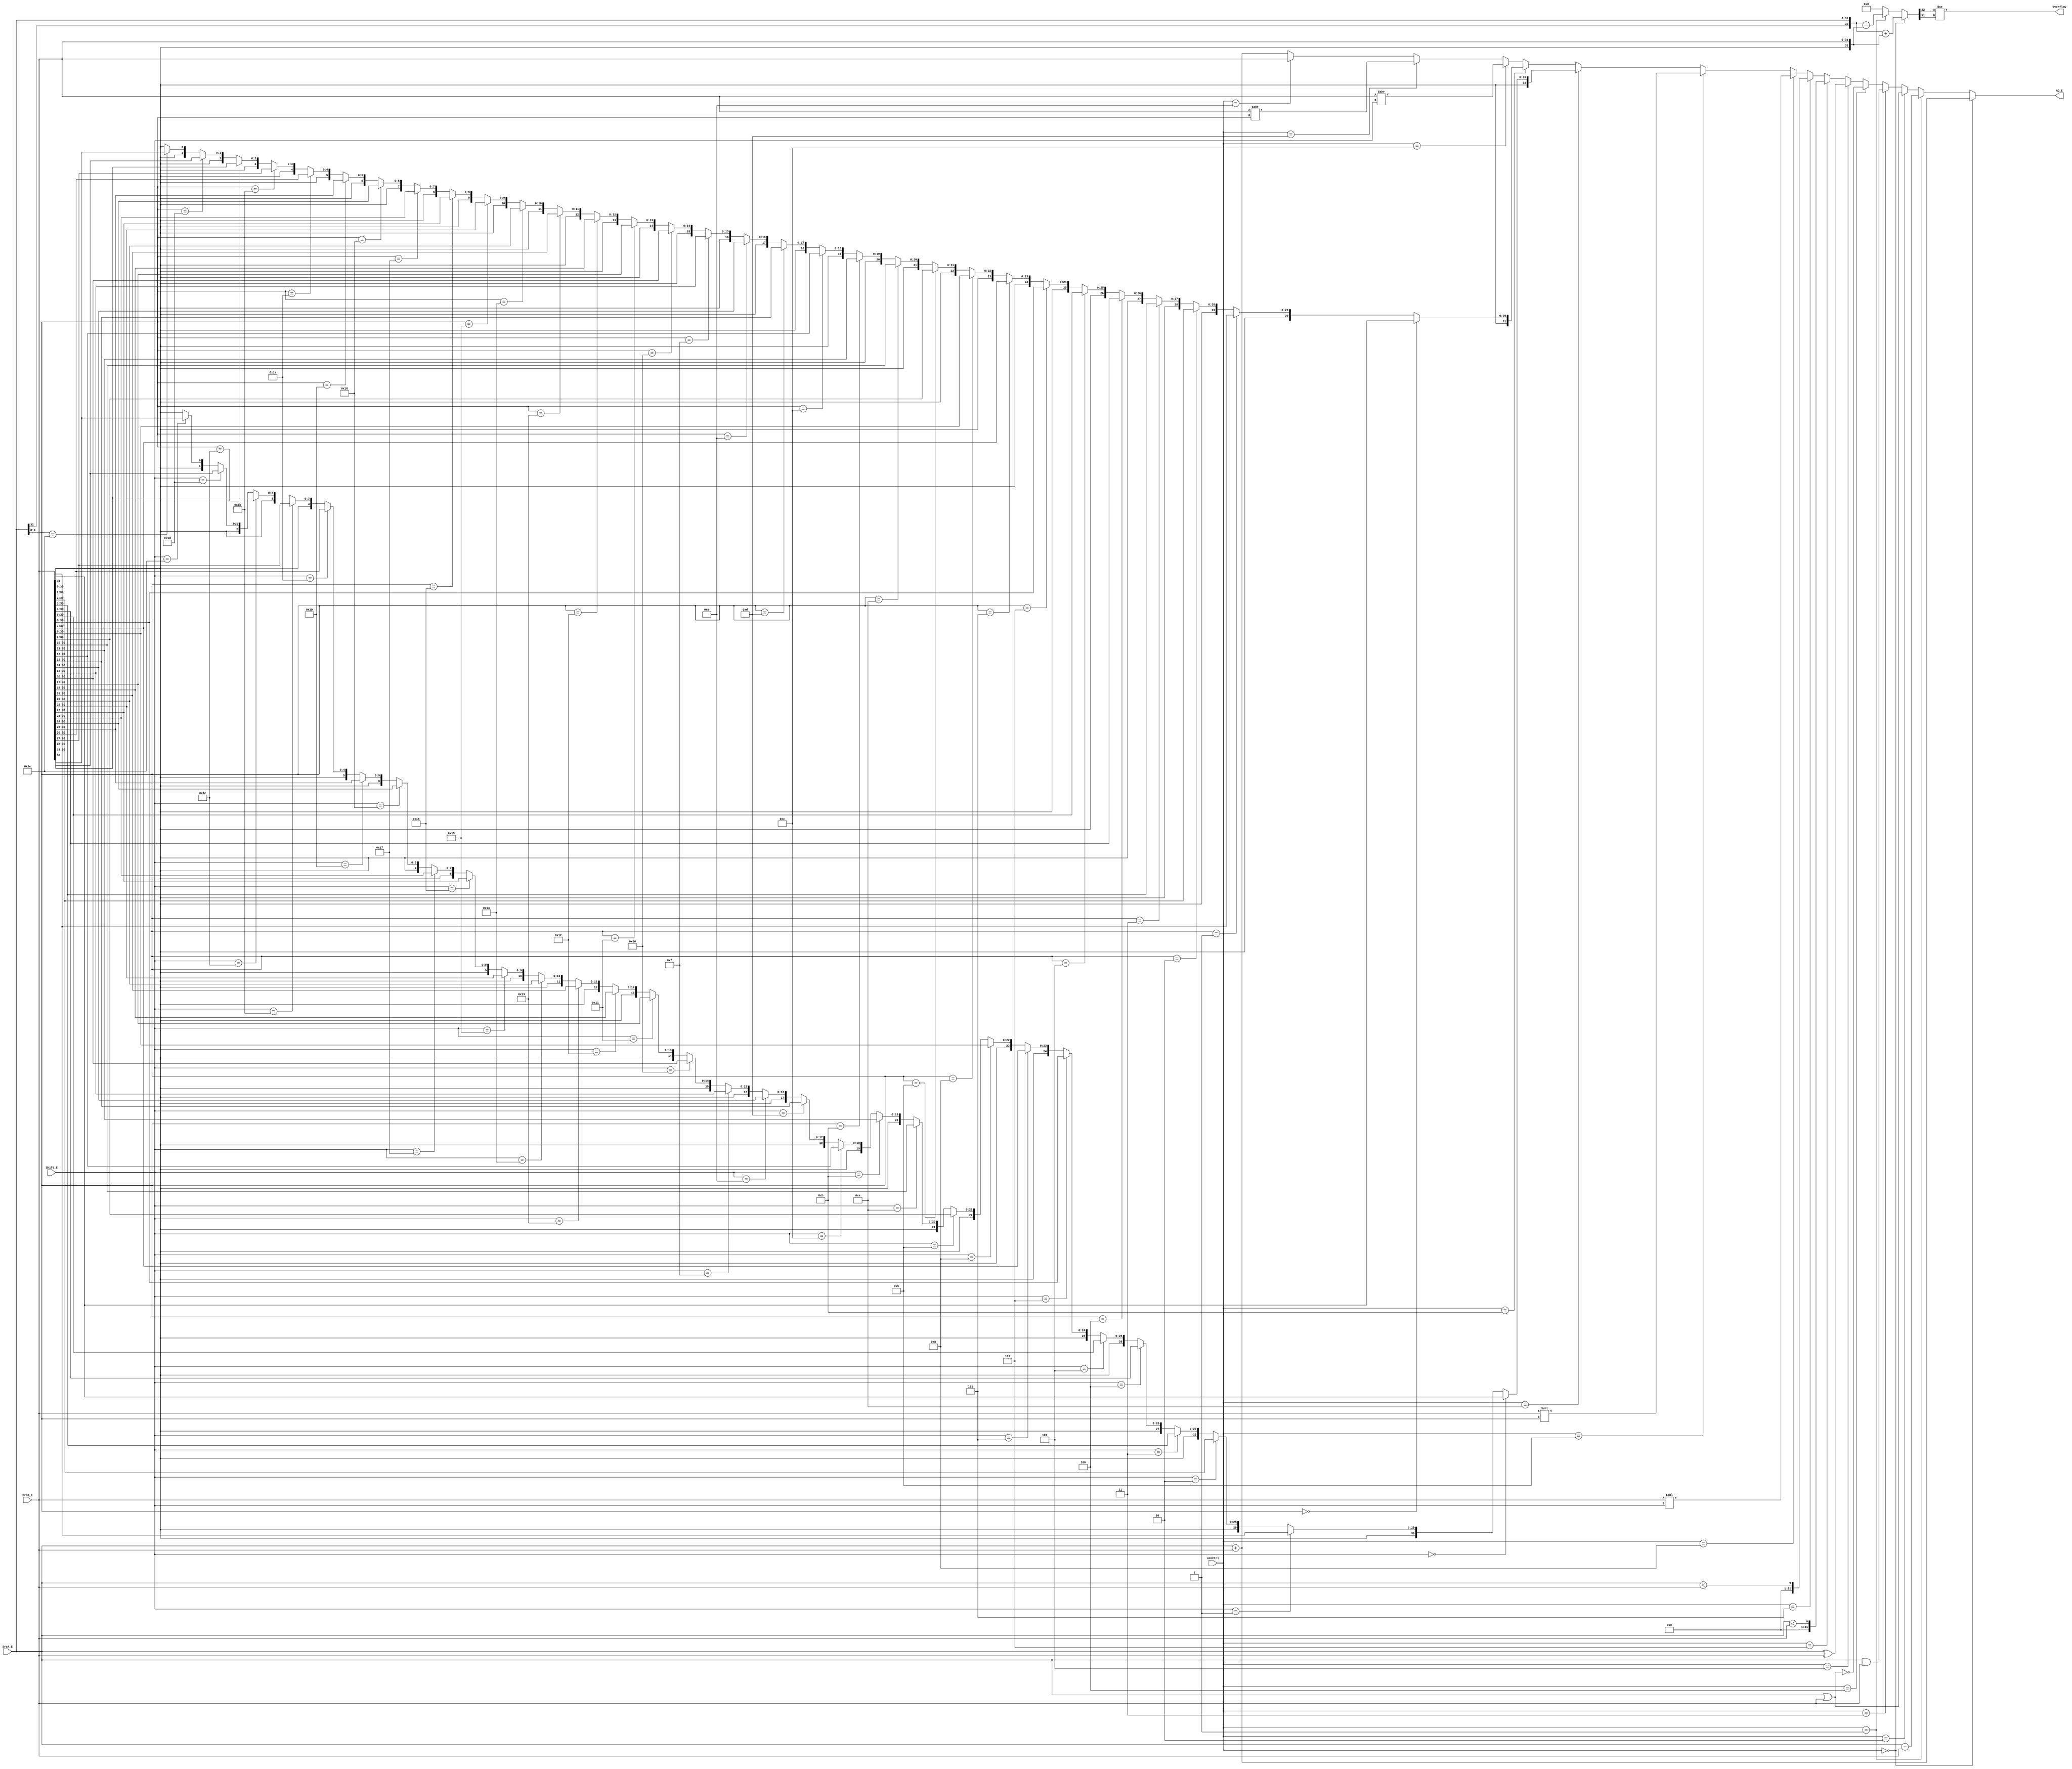
`timescale 1ns / 1ps
//////////////////////////////////////////////////////////////////////////////////
// Company: 
// Engineer: 
// 
// Design Name: 
// Module Name:    ALU 
// Project Name: 
// Target Devices: 
// Tool versions: 
// Description: 
//
// Dependencies: 
//
// Revision: 
// Revision 0.01 - File Created
// Additional Comments: 
//
//////////////////////////////////////////////////////////////////////////////////
module ALU(
    input [31:0] SrcA_E,
    input [31:0] SrcB_E,
    input [4:0] Shift_E,
    input [3:0] ALUCtrl,
    output[31:0] AO_E,
	output Overflow
    );
	wire signed [31:0] sgnA, sgnB, sraO, sravO;	//sgnAsgnBstl
	wire [32:0] temp;
	`define ADD 0
	`define SUB 1
	`define OR  2
	`define AND 3
	`define NOR 4
	`define XOR 5
	`define SLT 6
	`define SLTU 7
	`define SLL 8
	`define SLLV 9
	`define SRA 10
	`define SRAV 11
	`define SRL 12
	`define SRLV 13
	`define MOVZ 14
	assign sgnA = SrcA_E;
	assign sgnB = SrcB_E;
	assign temp = (ALUCtrl == `ADD) ?{SrcA_E[31],SrcA_E} + {SrcB_E[31],SrcB_E}:
				  (ALUCtrl == `SUB) ?{SrcA_E[31],SrcA_E} - {SrcB_E[31],SrcB_E}:33'b0;
	assign Overflow = (temp[32] != temp[31]);
	assign AO_E = (ALUCtrl == `ADD) ?SrcA_E + SrcB_E:
				  (ALUCtrl == `SUB) ?SrcA_E - SrcB_E:
				  (ALUCtrl == `OR ) ?SrcA_E | SrcB_E:
				  (ALUCtrl == `AND) ?SrcA_E & SrcB_E:
				  (ALUCtrl == `NOR) ?~(SrcA_E | SrcB_E):
				  (ALUCtrl == `XOR) ?SrcA_E ^ SrcB_E:
				  (ALUCtrl == `SLT) ?(sgnA < sgnB):
				  (ALUCtrl == `SLTU)?SrcA_E < SrcB_E:
				  (ALUCtrl == `SLL) ?SrcB_E << Shift_E:
				  (ALUCtrl == `SLLV)?SrcB_E << SrcA_E[4:0]:
				  (ALUCtrl == `SRA) ?sraO:
				  (ALUCtrl == `SRAV)?sravO:
				  (ALUCtrl == `SRL) ?SrcB_E >> Shift_E:
				  (ALUCtrl == `SRLV)?SrcB_E >> SrcA_E[4:0]:
				  (ALUCtrl == `MOVZ)?SrcB_E:SrcA_E + SrcB_E;
				  
	assign sraO = (Shift_E ==  0)?  {{0{sgnB[31]}},sgnB[31:0]}:
				  (Shift_E ==  1)?  {{1{sgnB[31]}},sgnB[31:1]}:
				  (Shift_E ==  2)?  {{2{sgnB[31]}},sgnB[31:2]}:
				  (Shift_E ==  3)?  {{3{sgnB[31]}},sgnB[31:3]}:
				  (Shift_E ==  4)?  {{4{sgnB[31]}},sgnB[31:4]}:
				  (Shift_E ==  5)?  {{5{sgnB[31]}},sgnB[31:5]}:
				  (Shift_E ==  6)?  {{6{sgnB[31]}},sgnB[31:6]}:
				  (Shift_E ==  7)?  {{7{sgnB[31]}},sgnB[31:7]}:
				  (Shift_E ==  8)?  {{8{sgnB[31]}},sgnB[31:8]}:
				  (Shift_E ==  9)?  {{9{sgnB[31]}},sgnB[31:9]}:
				  (Shift_E == 10)? {{10{sgnB[31]}},sgnB[31:10]}:
				  (Shift_E == 11)? {{11{sgnB[31]}},sgnB[31:11]}:
				  (Shift_E == 12)? {{12{sgnB[31]}},sgnB[31:12]}:
				  (Shift_E == 13)? {{13{sgnB[31]}},sgnB[31:13]}:
				  (Shift_E == 14)? {{14{sgnB[31]}},sgnB[31:14]}:
				  (Shift_E == 15)? {{15{sgnB[31]}},sgnB[31:15]}:
				  (Shift_E == 16)? {{16{sgnB[31]}},sgnB[31:16]}:
				  (Shift_E == 17)? {{17{sgnB[31]}},sgnB[31:17]}:
				  (Shift_E == 18)? {{18{sgnB[31]}},sgnB[31:18]}:
				  (Shift_E == 19)? {{19{sgnB[31]}},sgnB[31:19]}:
				  (Shift_E == 20)? {{20{sgnB[31]}},sgnB[31:20]}:
				  (Shift_E == 21)? {{21{sgnB[31]}},sgnB[31:21]}:
				  (Shift_E == 22)? {{22{sgnB[31]}},sgnB[31:22]}:
				  (Shift_E == 23)? {{23{sgnB[31]}},sgnB[31:23]}:
				  (Shift_E == 24)? {{24{sgnB[31]}},sgnB[31:24]}:
				  (Shift_E == 25)? {{25{sgnB[31]}},sgnB[31:25]}:
				  (Shift_E == 26)? {{26{sgnB[31]}},sgnB[31:26]}:
				  (Shift_E == 27)? {{27{sgnB[31]}},sgnB[31:27]}:
				  (Shift_E == 28)? {{28{sgnB[31]}},sgnB[31:28]}:
				  (Shift_E == 29)? {{29{sgnB[31]}},sgnB[31:29]}:
				  (Shift_E == 30)? {{30{sgnB[31]}},sgnB[31:30]}:
				  (Shift_E == 31)? {{31{sgnB[31]}},sgnB[31:31]}:{32{sgnB[31]}};
				  
	assign sravO =(SrcA_E[4:0] ==  0)?  {{0{sgnB[31]}},sgnB[31:0]}:
				  (SrcA_E[4:0] ==  1)?  {{1{sgnB[31]}},sgnB[31:1]}:
				  (SrcA_E[4:0] ==  2)?  {{2{sgnB[31]}},sgnB[31:2]}:
				  (SrcA_E[4:0] ==  3)?  {{3{sgnB[31]}},sgnB[31:3]}:
				  (SrcA_E[4:0] ==  4)?  {{4{sgnB[31]}},sgnB[31:4]}:
				  (SrcA_E[4:0] ==  5)?  {{5{sgnB[31]}},sgnB[31:5]}:
				  (SrcA_E[4:0] ==  6)?  {{6{sgnB[31]}},sgnB[31:6]}:
				  (SrcA_E[4:0] ==  7)?  {{7{sgnB[31]}},sgnB[31:7]}:
				  (SrcA_E[4:0] ==  8)?  {{8{sgnB[31]}},sgnB[31:8]}:
				  (SrcA_E[4:0] ==  9)?  {{9{sgnB[31]}},sgnB[31:9]}:
				  (SrcA_E[4:0] == 10)? {{10{sgnB[31]}},sgnB[31:10]}:
				  (SrcA_E[4:0] == 11)? {{11{sgnB[31]}},sgnB[31:11]}:
				  (SrcA_E[4:0] == 12)? {{12{sgnB[31]}},sgnB[31:12]}:
				  (SrcA_E[4:0] == 13)? {{13{sgnB[31]}},sgnB[31:13]}:
				  (SrcA_E[4:0] == 14)? {{14{sgnB[31]}},sgnB[31:14]}:
				  (SrcA_E[4:0] == 15)? {{15{sgnB[31]}},sgnB[31:15]}:
				  (SrcA_E[4:0] == 16)? {{16{sgnB[31]}},sgnB[31:16]}:
				  (SrcA_E[4:0] == 17)? {{17{sgnB[31]}},sgnB[31:17]}:
				  (SrcA_E[4:0] == 18)? {{18{sgnB[31]}},sgnB[31:18]}:
				  (SrcA_E[4:0] == 19)? {{19{sgnB[31]}},sgnB[31:19]}:
				  (SrcA_E[4:0] == 20)? {{20{sgnB[31]}},sgnB[31:20]}:
				  (SrcA_E[4:0] == 21)? {{21{sgnB[31]}},sgnB[31:21]}:
				  (SrcA_E[4:0] == 22)? {{22{sgnB[31]}},sgnB[31:22]}:
				  (SrcA_E[4:0] == 23)? {{23{sgnB[31]}},sgnB[31:23]}:
				  (SrcA_E[4:0] == 24)? {{24{sgnB[31]}},sgnB[31:24]}:
				  (SrcA_E[4:0] == 25)? {{25{sgnB[31]}},sgnB[31:25]}:
				  (SrcA_E[4:0] == 26)? {{26{sgnB[31]}},sgnB[31:26]}:
				  (SrcA_E[4:0] == 27)? {{27{sgnB[31]}},sgnB[31:27]}:
				  (SrcA_E[4:0] == 28)? {{28{sgnB[31]}},sgnB[31:28]}:
				  (SrcA_E[4:0] == 29)? {{29{sgnB[31]}},sgnB[31:29]}:
				  (SrcA_E[4:0] == 30)? {{30{sgnB[31]}},sgnB[31:30]}:
				  (SrcA_E[4:0] == 31)? {{31{sgnB[31]}},sgnB[31:31]}:{32{sgnB[31]}};
endmodule